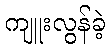
ကျူးလွန်ခဲ့